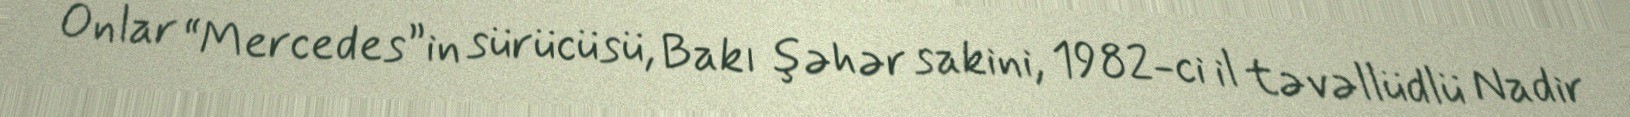
Onlar “Mercedes”in sürücüsü, Bakı şəhər sakini, 1982-ci il təvəllüdlü Nadir